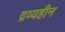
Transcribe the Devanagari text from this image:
द्रव्यहीन